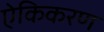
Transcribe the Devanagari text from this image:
ऐकिकरण